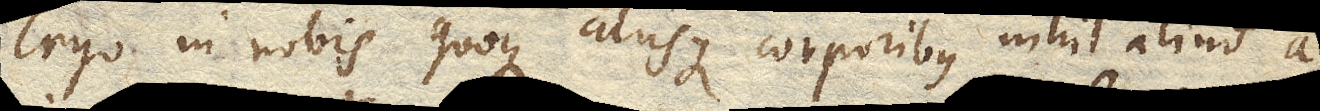
Ergo in nobis quoque aliisque corporibus nihil aliud a